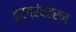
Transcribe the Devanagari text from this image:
दुर्ग्रंधहरण